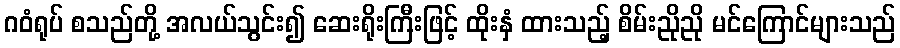
ဂဝံရုပ် စသည်တို့ အလယ်သွင်း၍ ဆေးရိုးကြီးဖြင့် ထိုးနှံ ထားသည့် စိမ်းညိုညို မင်ကြောင်များသည်